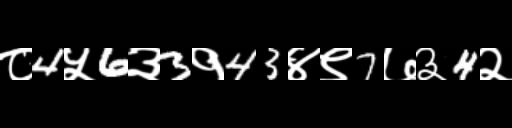
Text: ८4५6३3१43४९7७३4२